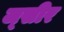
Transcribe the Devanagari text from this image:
ज्सीर